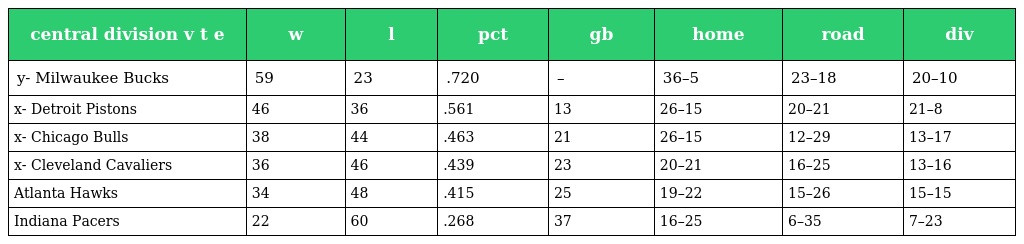
| central division v t e | w | l | pct | gb | home | road | div |
 | --- | --- | --- | --- | --- | --- | --- | --- |
 | y- Milwaukee Bucks | 59 | 23 | .720 | – | 36–5 | 23–18 | 20–10 |
 | x- Detroit Pistons | 46 | 36 | .561 | 13 | 26–15 | 20–21 | 21–8 |
 | x- Chicago Bulls | 38 | 44 | .463 | 21 | 26–15 | 12–29 | 13–17 |
 | x- Cleveland Cavaliers | 36 | 46 | .439 | 23 | 20–21 | 16–25 | 13–16 |
 | Atlanta Hawks | 34 | 48 | .415 | 25 | 19–22 | 15–26 | 15–15 |
 | Indiana Pacers | 22 | 60 | .268 | 37 | 16–25 | 6–35 | 7–23 |